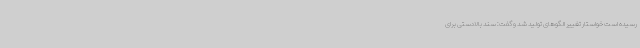
رسیده است خواستار تغییر الگوهای تولید شد و گفت: سند بالادستی برای